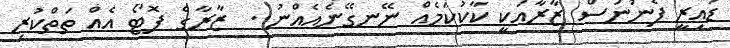
ޑައިރީ ފެނުނަސް ޒާރާއަކީ ކާކުކަމެއް ނޭނގޭނެއެއްނު..  ޒާރާގެ ފޮޓޯ އެއް ތަތްކުރި